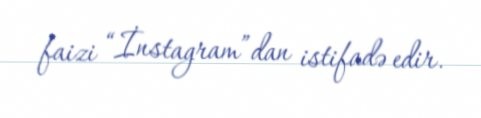
faizi “İnstagram”dan istifadə edir.